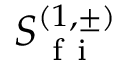
S _ { \mathrm { ~ f ~ i ~ } } ^ { ( 1 , \pm ) }